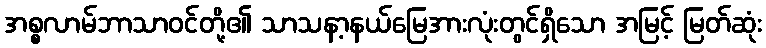
အစ္စလာမ်ဘာသာဝင်တို့၏ သာသနာ့နယ်မြေအားလုံးတွင်ရှိသော အမြင့် မြတ်ဆုံး